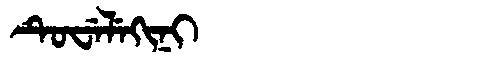
Manchu: ᡨᡠᠸᡝᠯᡝᡴᡳᠨᡳ
Romanization: TUWELEKINI